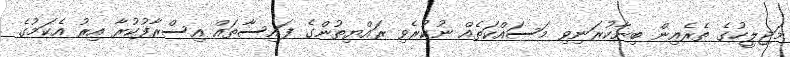
މަޖިލީހުގެ ތެރެއިން ބިނާކުރަނިވި މަސައްކަތެއް ނުކުރެވި ރައްޔިތުންގެ ފައިސާތައް އިސްރާފުކުރާ އިރު އެކަމުގެ